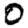
Digit: 0